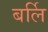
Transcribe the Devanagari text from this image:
बर्लि